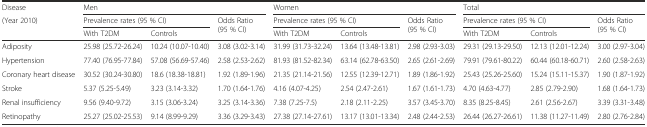
<table><thead><tr><td><b>Disease</b></td><td colspan="3"><b>Men</b></td><td colspan="3"><b>Women</b></td><td colspan="3"><b>Total</b></td></tr><tr><td rowspan="2"><b>(Year 2010)</b></td><td colspan="2"><b>Prevalence rates (95 % CI)</b></td><td rowspan="2"><b>Odds Ratio (95 % CI)</b></td><td colspan="2"><b>Prevalence rates (95 % CI)</b></td><td rowspan="2"><b>Odds Ratio (95 % CI)</b></td><td colspan="2"><b>Prevalence rates (95 % CI)</b></td><td rowspan="2"><b>Odds Ratio (95 % CI)</b></td></tr><tr><td><b>With T2DM</b></td><td><b>Controls</b></td><td><b>With T2DM</b></td><td><b>Controls</b></td><td><b>With T2DM</b></td><td><b>Controls</b></td></tr></thead><tbody><tr><td>Adiposity</td><td>25.98 (25.72-26.24)</td><td>10.24 (10.07-10.40)</td><td>3.08 (3.02-3.14)</td><td>31.99 (31.73-32.24)</td><td>13.64 (13.48-13.81)</td><td>2.98 (2.93-3.03)</td><td>29.31 (29.13-29.50)</td><td>12.13 (12.01-12.24)</td><td>3.00 (2.97-3.04)</td></tr><tr><td>Hypertension</td><td>77.40 (76.95-77.84)</td><td>57.08 (56.69-57.46)</td><td>2.58 (2.53-2.62)</td><td>81.93 (81.52-82.34)</td><td>63.14 (62.78-63.50)</td><td>2.65 (2.61-2.69)</td><td>79.91 (79.61-80.22)</td><td>60.44 (60.18-60.71)</td><td>2.60 (2.58-2.63)</td></tr><tr><td>Coronary heart disease</td><td>30.52 (30.24-30.80)</td><td>18.6 (18.38-18.81)</td><td>1.92 (1.89-1.96)</td><td>21.35 (21.14-21.56)</td><td>12.55 (12.39-12.71)</td><td>1.89 (1.86-1.92)</td><td>25.43 (25.26-25.60)</td><td>15.24 (15.11-15.37)</td><td>1.90 (1.87-1.92)</td></tr><tr><td>Stroke</td><td>5.37 (5.25-5.49)</td><td>3.23 (3.14-3.32)</td><td>1.70 (1.64-1.76)</td><td>4.16 (4.07-4.25)</td><td>2.54 (2.47-2.61)</td><td>1.67 (1.61-1.73)</td><td>4.70 (4.63-4.77)</td><td>2.85 (2.79-2.90)</td><td>1.68 (1.64-1.73)</td></tr><tr><td>Renal insufficiency</td><td>9.56 (9.40-9.72)</td><td>3.15 (3.06-3.24)</td><td>3.25 (3.14-3.36)</td><td>7.38 (7.25-7.5)</td><td>2.18 (2.11-2.25)</td><td>3.57 (3.45-3.70)</td><td>8.35 (8.25-8.45)</td><td>2.61 (2.56-2.67)</td><td>3.39 (3.31-3.48)</td></tr><tr><td>Retinopathy</td><td>25.27 (25.02-25.53)</td><td>9.14 (8.99-9.29)</td><td>3.36 (3.29-3.43)</td><td>27.38 (27.14-27.61)</td><td>13.17 (13.01-13.34)</td><td>2.48 (2.44-2.53)</td><td>26.44 (26.27-26.61)</td><td>11.38 (11.27-11.49)</td><td>2.80 (2.76-2.84)</td></tr></tbody></table>